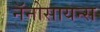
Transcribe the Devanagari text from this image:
नॅनोसायन्स